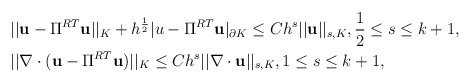
\begin{align*}\begin{aligned}&||\mathbf{u}-\Pi^{RT}\mathbf{u}||_K+h^{\frac{1}{2}}|u-\Pi^{RT}\mathbf{u}|_{\partial K}\leq Ch^s||\mathbf{u}||_{s,K},\frac{1}{2}\leq s\leq k+1,\\&||\nabla\cdot(\mathbf{u}-\Pi^{RT}\mathbf{u})||_K\leq Ch^s||\nabla\cdot\mathbf{u}||_{s,K},1\leq s\leq k+1,\end{aligned}\end{align*}